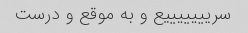
سریییییییع و به موقع و درست